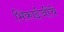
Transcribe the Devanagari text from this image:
भिकाईजींचे